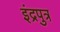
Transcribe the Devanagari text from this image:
इंद्रपुत्र